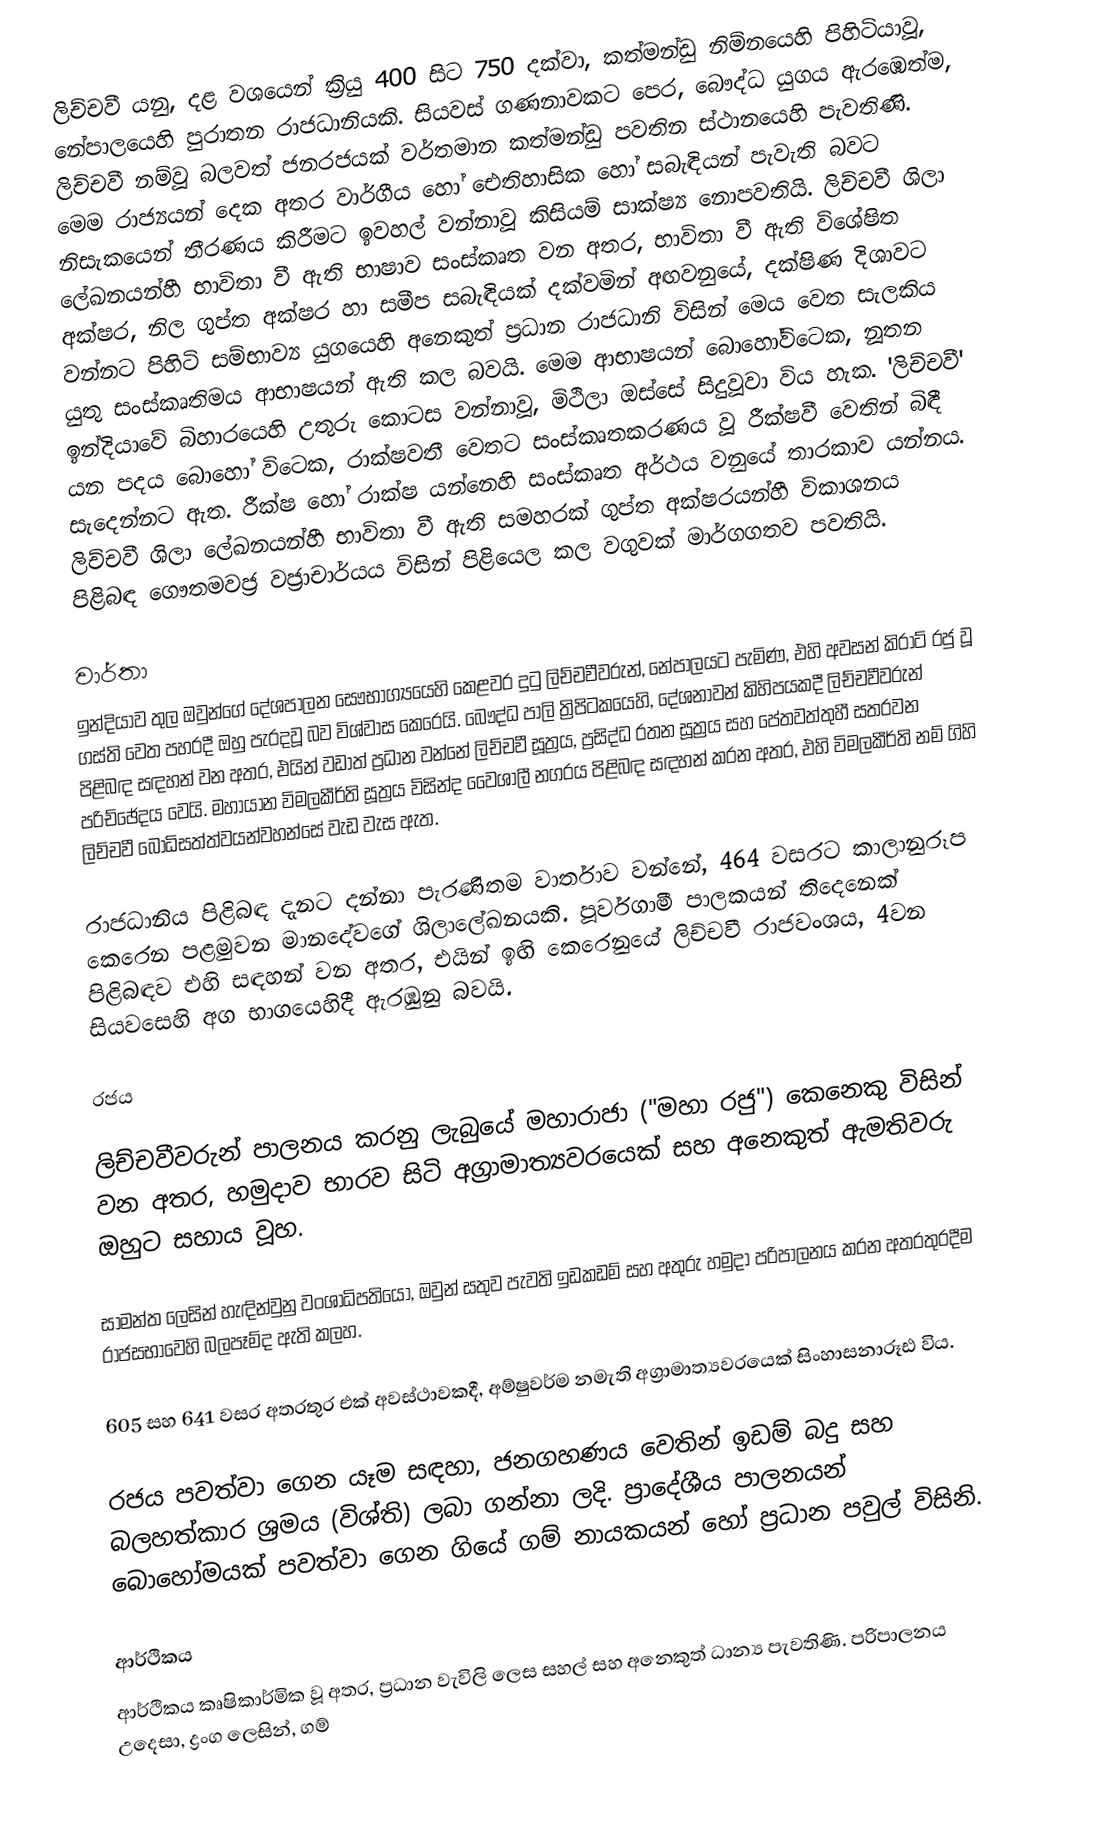
ලිච්චවී යනු, දළ වශයෙන් ක්‍රියු 400 සිට 750 දක්වා, කත්මන්ඩු නිම්නයෙහි පිහිටියාවූ,   නේපාලයෙහි පුරාතන රාජධානියකි. සියවස් ගණනාවකට පෙර, බෞද්ධ යුගය ඇරඹෙත්ම,  ලිච්චවී  නම්වූ බලවත්  ජනරජයක් වර්තමාන කත්මන්ඩු පවතින ස්ථානයෙහි පැවතිණි. මෙම රාජ්‍යයන් දෙක අතර වාර්ගීය හෝ ඓතිහාසික හෝ සබැඳියන් පැවැති බවට නිසැකයෙන් තීරණය කිරීමට ඉවහල් වන්නාවූ කිසියම් සාක්ෂ්‍ය නොපවතියි. ලිච්චවී ශිලා ලේඛනයන්හී භාවිතා වී ඇති භාෂාව සංස්කෘත වන අතර, භාවිතා වී ඇති විශේෂිත අක්ෂර, නිල ගුප්ත අක්ෂර හා සමීප සබැඳියක් දක්වමින් අඟවනුයේ, දක්ෂිණ දිශාවට වන්නට පිහිටි සම්භාව්‍ය යුගයෙහි අනෙකුත් ප්‍රධාන රාජධානි විසින් මෙය වෙත සැලකිය යුතු සංස්කෘතිමය ආභාෂයන් ඇති කල බවයි. මෙම ආභාෂයන් බොහෝවිටෙක, නූතන  ඉන්දියාවේ බිහාරයෙහි උතුරු කොටස වන්නාවූ, මිථිලා ඔස්සේ සිදුවූවා විය හැක. 'ලිච්චවී' යන පදය බොහෝ විටෙක,   රාක්ෂවතී වෙතට සංස්කෘතකරණය වූ  රීක්ෂවී වෙතින් බිඳී සැදෙන්නට ඇත. රීක්ෂ හෝ  රාක්ෂ යන්නෙහි  සංස්කෘත අර්ථය වනුයේ  තාරකාව යන්නය. ලිච්චවී ශිලා ලේඛනයන්හී භාවිතා වී ඇති  සමහරක් ගුප්ත අක්ෂරයන්හී විකාශනය පිළිබඳ ගෞතමවජ්‍ර වජ්‍රාචාර්යය විසින් පිළියෙල කල වගුවක් මාර්ගගතව පවතියි.

වාර්තා
ඉන්දියාව තුල ඔවුන්ගේ  දේශපාලන සෞභාග්‍යයෙහි කෙළවර දුටු ලිච්චවීවරුන්, නේපාලයට පැමිණ, එහි අවසන් කිරාට් රජු වූ ගස්ති වෙත පහරදී ඔහු පැරදවූ බව විශ්වාස කෙරෙයි. බෞද්ධ පාලි ත්‍රිපිටකයෙහි, දේශනාවන් කිහිපයකදී ලිච්චවීවරුන් පිළිබඳ සඳහන් වන අතර, එයින් වඩාත් ප්‍රධාන වන්නේ ලිච්චවී සූත්‍රය, ප්‍රසිද්ධ රතන සූත්‍රය සහ  පේතවත්තුහී සතරවන පරිච්ඡේදය වෙයි. මහායාන විමලකීර්ති සූත්‍රය විසින්ද  වෛශාලී  නගරය පිළිබඳ සඳහන් කරන අතර, එහි විමලකීර්ති නම් ගිහි ලිච්චවී බෝධිසත්ත්වයන්වහන්සේ වැඩ වැස ඇත.

රාජධානිය පිළිබඳ දැනට දන්නා පැරණිතම වාර්තාව වන්නේ,  464 වසරට කාලානුරූප  කෙරෙන   පළමුවන මානදේවගේ ශිලාලේඛනයකි. පූර්වගාමී පාලකයන් තිදෙනෙක් පිළිබඳව එහි සඳහන් වන අතර, එයින් ඉඟි කෙරෙනුයේ ලිච්චවී රාජවංශය, 4වන සියවසෙහි අග භාගයෙහිදී ඇරඹුනු බවයි.

රජය

ලිච්චවීවරුන් පාලනය කරනු ලැබුයේ මහාරාජා ("මහා රජු") කෙනෙකු විසින් වන අතර, හමුදාව භාරව සිටි අග්‍රාමාත්‍යවරයෙක් සහ අනෙකුත් ඇමතිවරු ඔහුට සහාය වූහ.

සාමන්ත ලෙසින් හැඳින්වුනු වංශාධිපතියෝ,  ඔවුන් සතුව පැවති ඉඩකඩම් සහ අතුරු හමුදා පරිපාලනය කරන අතරතුරදීම රාජසභාවෙහි බලපෑම්ද ඇති කලහ.

605 සහ 641 වසර අතරතුර එක් අවස්ථාවකදී, අම්ෂුවර්ම නමැති අග්‍රාමාත්‍යවරයෙක් සිංහාසනාරූඪ විය.

රජය පවත්වා ගෙන යෑම සඳහා, ජනගහණය වෙතින් ඉඩම් බදු සහ  බලහත්කාර ශ්‍රමය (විශ්ති) ලබා ගන්නා ලදි. ප්‍රාදේශීය පාලනයන් බොහෝමයක් පවත්වා ගෙන ගියේ  ගම් නායකයන් හෝ ප්‍රධාන පවුල් විසිනි.

ආර්ථිකය
ආර්ථිකය කෘෂිකාර්මික වූ අතර, ප්‍රධාන වැවිලි ලෙස සහල් සහ  අනෙකුත්  ධාන්‍ය පැවතිණි. පරිපාලනය උදෙසා, ද්‍රංග ලෙසින්,  ගම්